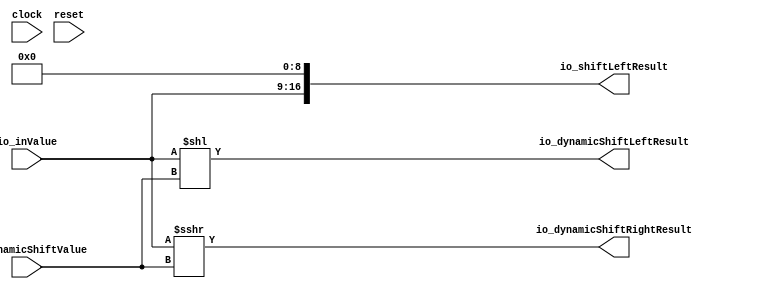
module FixedPointShifter( // @[:@3.2]
  input         clock, // @[:@4.4]
  input         reset, // @[:@5.4]
  input  [7:0]  io_inValue, // @[:@6.4]
  input  [2:0]  io_dynamicShiftValue, // @[:@6.4]
  output [16:0] io_shiftLeftResult, // @[:@6.4]
  output [7:0]  io_dynamicShiftRightResult, // @[:@6.4]
  output [14:0] io_dynamicShiftLeftResult // @[:@6.4]
);
  wire [14:0] _GEN_0 = {{7{io_inValue[7]}},io_inValue}; // @[FixedPointSpec.scala 70:43:@13.4]
  assign io_shiftLeftResult = {$signed(io_inValue), 9'h0}; // @[FixedPointSpec.scala 66:36:@11.4]
  assign io_dynamicShiftRightResult = $signed(io_inValue) >>> io_dynamicShiftValue; // @[FixedPointSpec.scala 71:44:@15.4]
  assign io_dynamicShiftLeftResult = $signed(_GEN_0) << io_dynamicShiftValue; // @[FixedPointSpec.scala 70:43:@13.4]
endmodule